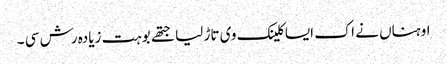
اوہناں نے اک ایسا کلینک وی تاڑ لیا جتھے بوہت زیادہ رش سی ۔